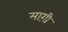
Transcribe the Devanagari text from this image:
माग़ी